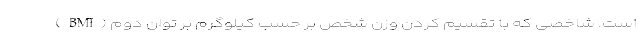
(BMI) است. شاخصی که با تقسیم کردن وزن شخص بر حسب کیلوگرم بر توان دوم